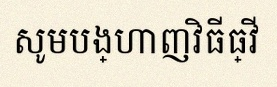
សូមបង្ហាញវិធីធ្វើ